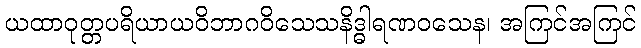
ယထာဝုတ္တပရိယာယဝိဘာဂဝိသေသနိဒ္ဓါရဏဝသေန၊ အကြင်အကြင်